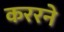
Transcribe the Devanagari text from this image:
कररने